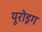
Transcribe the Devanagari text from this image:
यूरोड्रग